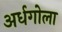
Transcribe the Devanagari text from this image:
अर्धगोला